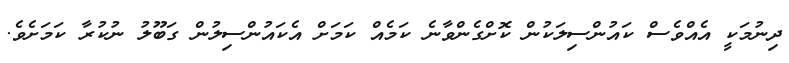
ދިނުމަކީ އެއްވެސް ކައުންސިލަކުން ކޮށްގެންވާނެ ކަމެއް ކަމަށް އެކައުންސިލުން ގަބޫލު ނުކުރާ ކަމަށެވެ.